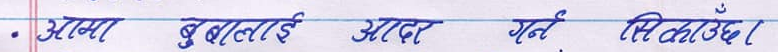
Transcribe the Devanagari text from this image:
आमा बुबालाई आदर गर्न सिक्दछ।